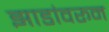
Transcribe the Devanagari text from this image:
झाडांवरून